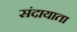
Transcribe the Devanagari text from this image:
संदायाता